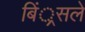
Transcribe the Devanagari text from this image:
बिं्रसले